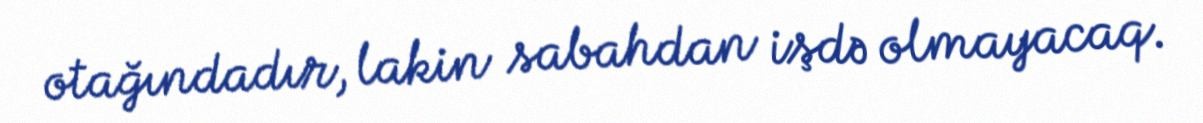
otağındadır, lakin sabahdan işdə olmayacaq.